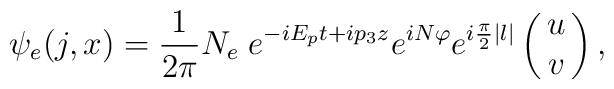
\psi_{e}(j,x) = {1\over 2\pi}N_e \; e^{-iE_p t + ip_3z} e^{iN\varphi}e^{i{\pi\over 2}|l|}\pmatrix{ u \cr v\cr},